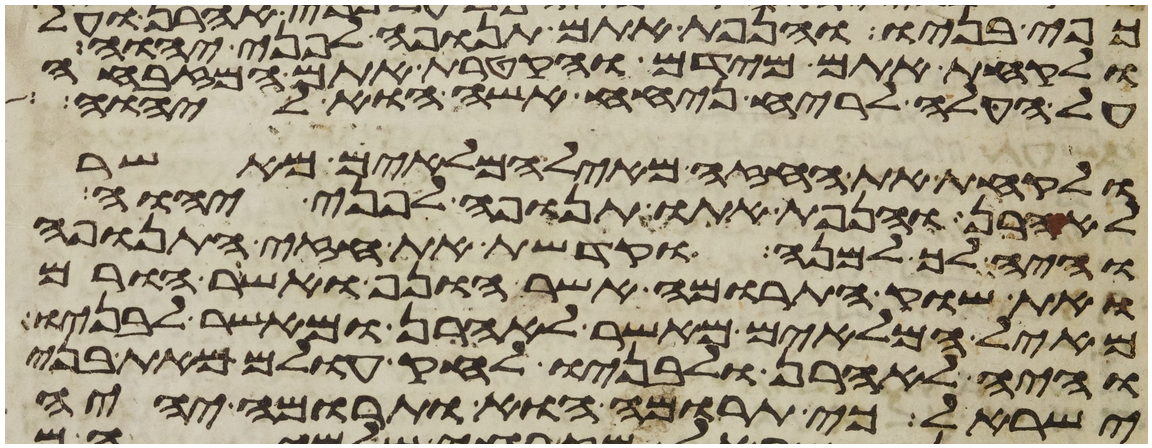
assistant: כפי בניו והנפת אתם תנופה לפני יהוה
ולקחת אתם מידם והקטרת אתם המזבחה
על העלה לריח ניחח אשה הוא ליהוה
ולקחת את החזה מאיל המלאים מאשר
לאהרן והנפת אתו תנופה לפני יהוה
והיה לך למנה וקדשת את חזה התנופה
ואת שוק התרומה אשר הונף ואשר הורם
מאיל המלאים מאשר לאהרן ומאשר לבניו
והיה לאהרן ולבניו לחק עולם מאת בני
ישראל כי תרומה הוא ותרומה יהיה